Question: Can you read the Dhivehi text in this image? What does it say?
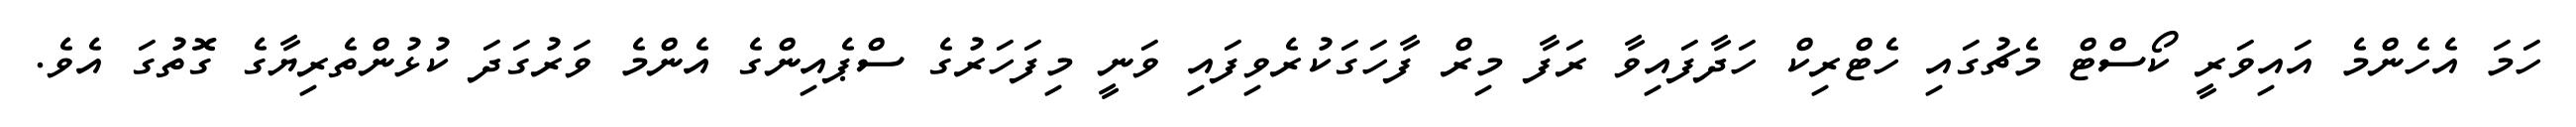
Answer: ހަމަ އެހެންމެ އައިވަރީ ކޯސްޓް މެޗުގައި ހެޓްރިކް ހަދާފައިވާ ރަފާ މިރް ފާހަގަކުރެވިފައި ވަނީ މިފަހަރުގެ ސްޕެއިންގެ އެންމެ ވަރުގަދަ ކުޅުންތެރިޔާގެ ގޮތުގަ އެވެ.